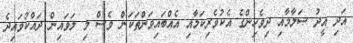
އަދި އީދު ސަލާމާއި ދިވެހިންގެ އެކުވެރިކަމާއި އެއްބައިވަންތަކަން ވެސް މި ލަވައިން ދައްކުވައިދެ